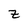
Character: Z